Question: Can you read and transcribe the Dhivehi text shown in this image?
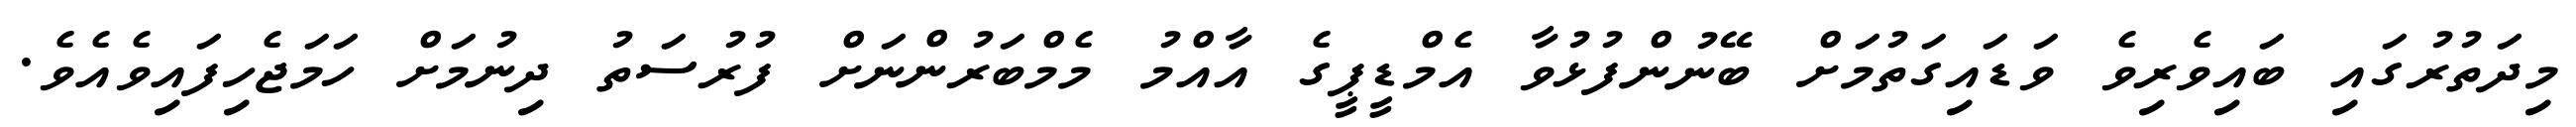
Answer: މިދަތުރުގައި ބައިވެރިވެ ވަޑައިގަތުމަށް ބޭނުންފުޅުވާ އެމްޑީޕީގެ އާއްމު މެމްބަރުންނަށް ފުރުސަތު ދިނުމަށް ހަމަޖެހިފައިވެއެވެ.